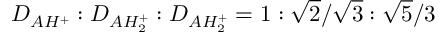
D _ { A H ^ { + } } : D _ { A H _ { 2 } ^ { + } } : D _ { A H _ { 2 } ^ { + } } = 1 : \sqrt { 2 } / \sqrt { 3 } : \sqrt { 5 } / 3